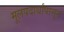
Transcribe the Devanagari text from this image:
मूलपदार्थांपासून